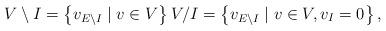
LaTeX: \begin{align*}V\setminus I=\left\{ v_{E\setminus I}\mid v\in V\right\} V/I=\ensuremath{\left\{ v_{E\setminus I}\mid v\in V,v_{I}=0\right\} } , \end{align*}